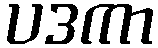
ပဒကာ